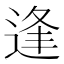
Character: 逢